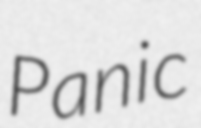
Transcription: Panic